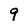
Character: 9